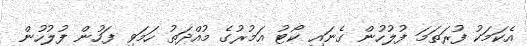
އެކަމަކު ފުރަތަމަ ފުލުހުން ގެނައި ކޯޓު އަމުރުގެ މުއްދަތު ހަމަވި ފަހުން ފުލުހުން